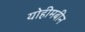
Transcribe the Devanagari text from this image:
योहीमबीन